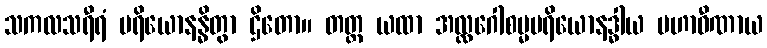
သကလသရီရံ ပရိယောနန္ဓိတွာ ဌိတော။ တတ္ထ ယထာ အလ္လဂေါစမ္မပရိယောနဒ္ဓါယ မဟာဝီဏာယ